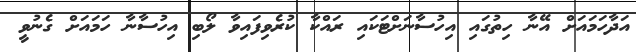
އަދާހަމައަށް އޭނާ ހިތުގައި އިހުސާނަށްޓަކައި ރައްކާ ކުރެވިފައިވާ ލޯބި އިހުސާނާ ހަމައަށް ގެނުވީ